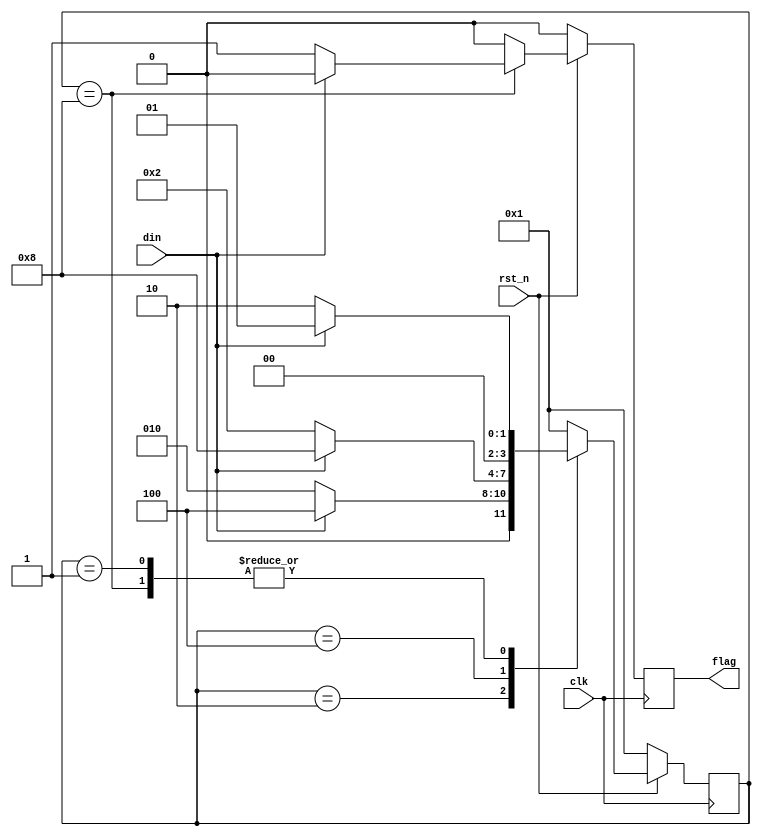
module seq_detect_2(output reg flag,input din,clk,rst_n);
  parameter E=4'b0001,F=4'b0010,G=4'b0100,H=4'b1000;
  reg [3:0] state;
always @(negedge clk) begin
    if(~rst_n) begin flag <= 0;state<=E; end
    else begin
      case(state)
	E: if(din) begin 
	  	state <= E;
	  	flag <= 0;
              end 
	      else begin
	        state <= F;
	  	flag <= 0;
              end
   	F: if(din) begin 
	  	state <= G;
	  	flag <= 0;
              end 
	      else begin
	        state <= F;
	  	flag <= 0;
              end
	G: if(din) begin 
	  	state <= H;
	  	flag <= 0;
              end 
	      else begin
	        state <= F;
	  	flag <= 0;
              end
	H: if(din) begin 
	  	state <= E;
	  	flag <= 0;
              end 
	      else begin
	        state <= F;
	  	flag <= 1;
              end
	default: begin
	        state <=E;
	        flag <= 0;
	      end
	endcase
    end
  end


endmodule